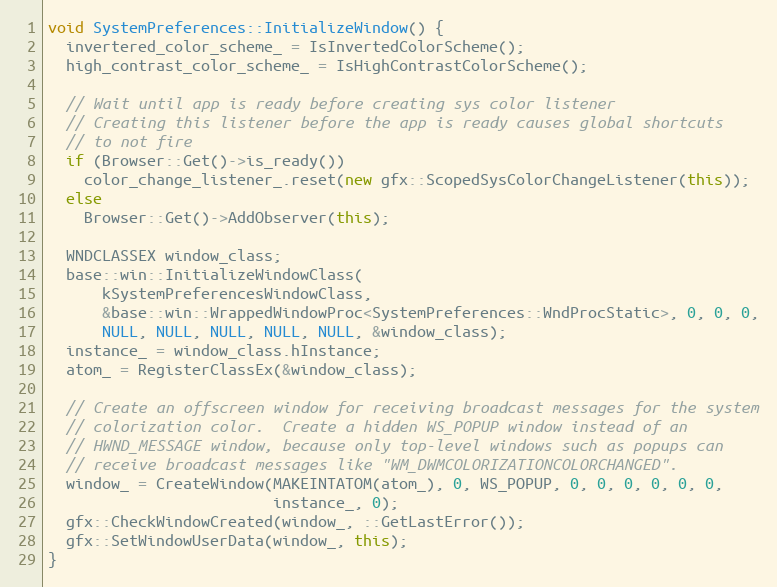
Language: C++
void SystemPreferences::InitializeWindow() {
  invertered_color_scheme_ = IsInvertedColorScheme();
  high_contrast_color_scheme_ = IsHighContrastColorScheme();

  // Wait until app is ready before creating sys color listener
  // Creating this listener before the app is ready causes global shortcuts
  // to not fire
  if (Browser::Get()->is_ready())
    color_change_listener_.reset(new gfx::ScopedSysColorChangeListener(this));
  else
    Browser::Get()->AddObserver(this);

  WNDCLASSEX window_class;
  base::win::InitializeWindowClass(
      kSystemPreferencesWindowClass,
      &base::win::WrappedWindowProc<SystemPreferences::WndProcStatic>, 0, 0, 0,
      NULL, NULL, NULL, NULL, NULL, &window_class);
  instance_ = window_class.hInstance;
  atom_ = RegisterClassEx(&window_class);

  // Create an offscreen window for receiving broadcast messages for the system
  // colorization color.  Create a hidden WS_POPUP window instead of an
  // HWND_MESSAGE window, because only top-level windows such as popups can
  // receive broadcast messages like "WM_DWMCOLORIZATIONCOLORCHANGED".
  window_ = CreateWindow(MAKEINTATOM(atom_), 0, WS_POPUP, 0, 0, 0, 0, 0, 0,
                         instance_, 0);
  gfx::CheckWindowCreated(window_, ::GetLastError());
  gfx::SetWindowUserData(window_, this);
}